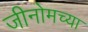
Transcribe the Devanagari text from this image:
जीनोमच्या